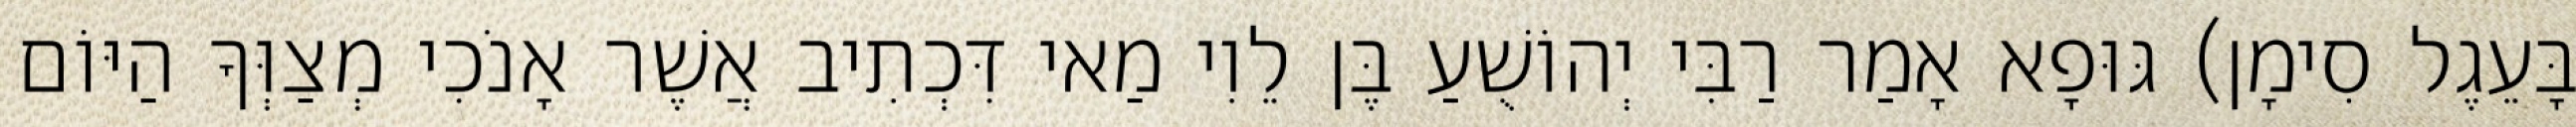
בָּעֵגֶל סִימָן) גּוּפָא אָמַר רַבִּי יְהוֹשֻׁעַ בֶּן לֵוִי מַאי דִּכְתִיב אֲשֶׁר אָנֹכִי מְצַוְּךָ הַיּוֹם